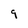
Character: 9